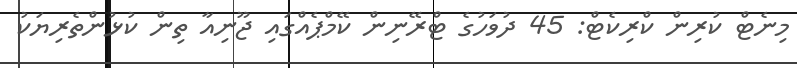
މިނެޓް ކުރިން ކްރިކެޓް: 45 ދުވަހުގެ ޓްރޭނިން ކޭމްޕެއްގައި ޖޫނިއާ ތިން ކުޅުންތެރިޔަކު